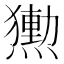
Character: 𭶕